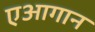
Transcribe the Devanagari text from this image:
एआगान